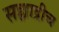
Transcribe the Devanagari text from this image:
सह्याद्रीच